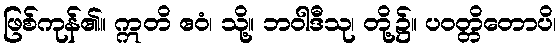
ဖြစ်ကုန်၏။ ဣတိ ဧဝံ၊ သို့။ ဘဝါဒီသု၊ တို့၌။ ပဝတ္တိတောပိ၊